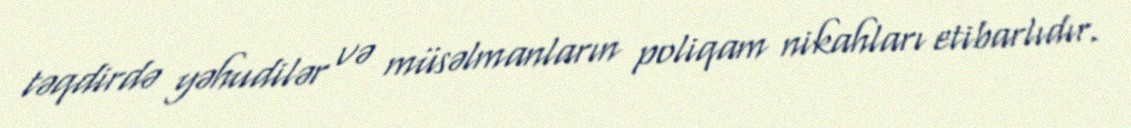
təqdirdə yəhudilər və müsəlmanların poliqam nikahları etibarlıdır.